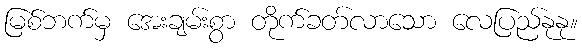
မြစ်ဘက်မှ အေးချမ်းစွာ တိုက်ခတ်လာသော လေပြည်နုနု။